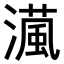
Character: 𤀘